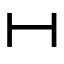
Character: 𫡃